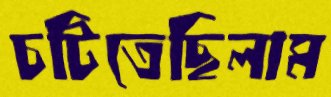
চটিতেছিলাম